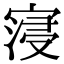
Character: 寖